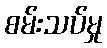
စမ်းသပ်မှု